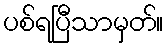
ပစ်ရပြီသာမှတ်။